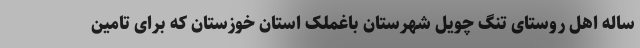
ساله اهل روستای تنگ چویل شهرستان باغملک استان خوزستان که برای تامین